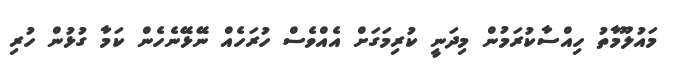
މައުލޫމާތު ހިއްސާކުރަމުން މިދަނީ ކުރިމަގަށް އެއްވެސް ހުރަހެއް ނޭޅޭނެހެން ކަމާ ގުޅުން ހުރި